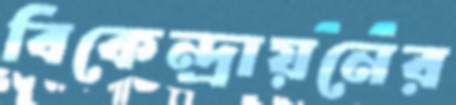
বিকেন্দ্রায়নের